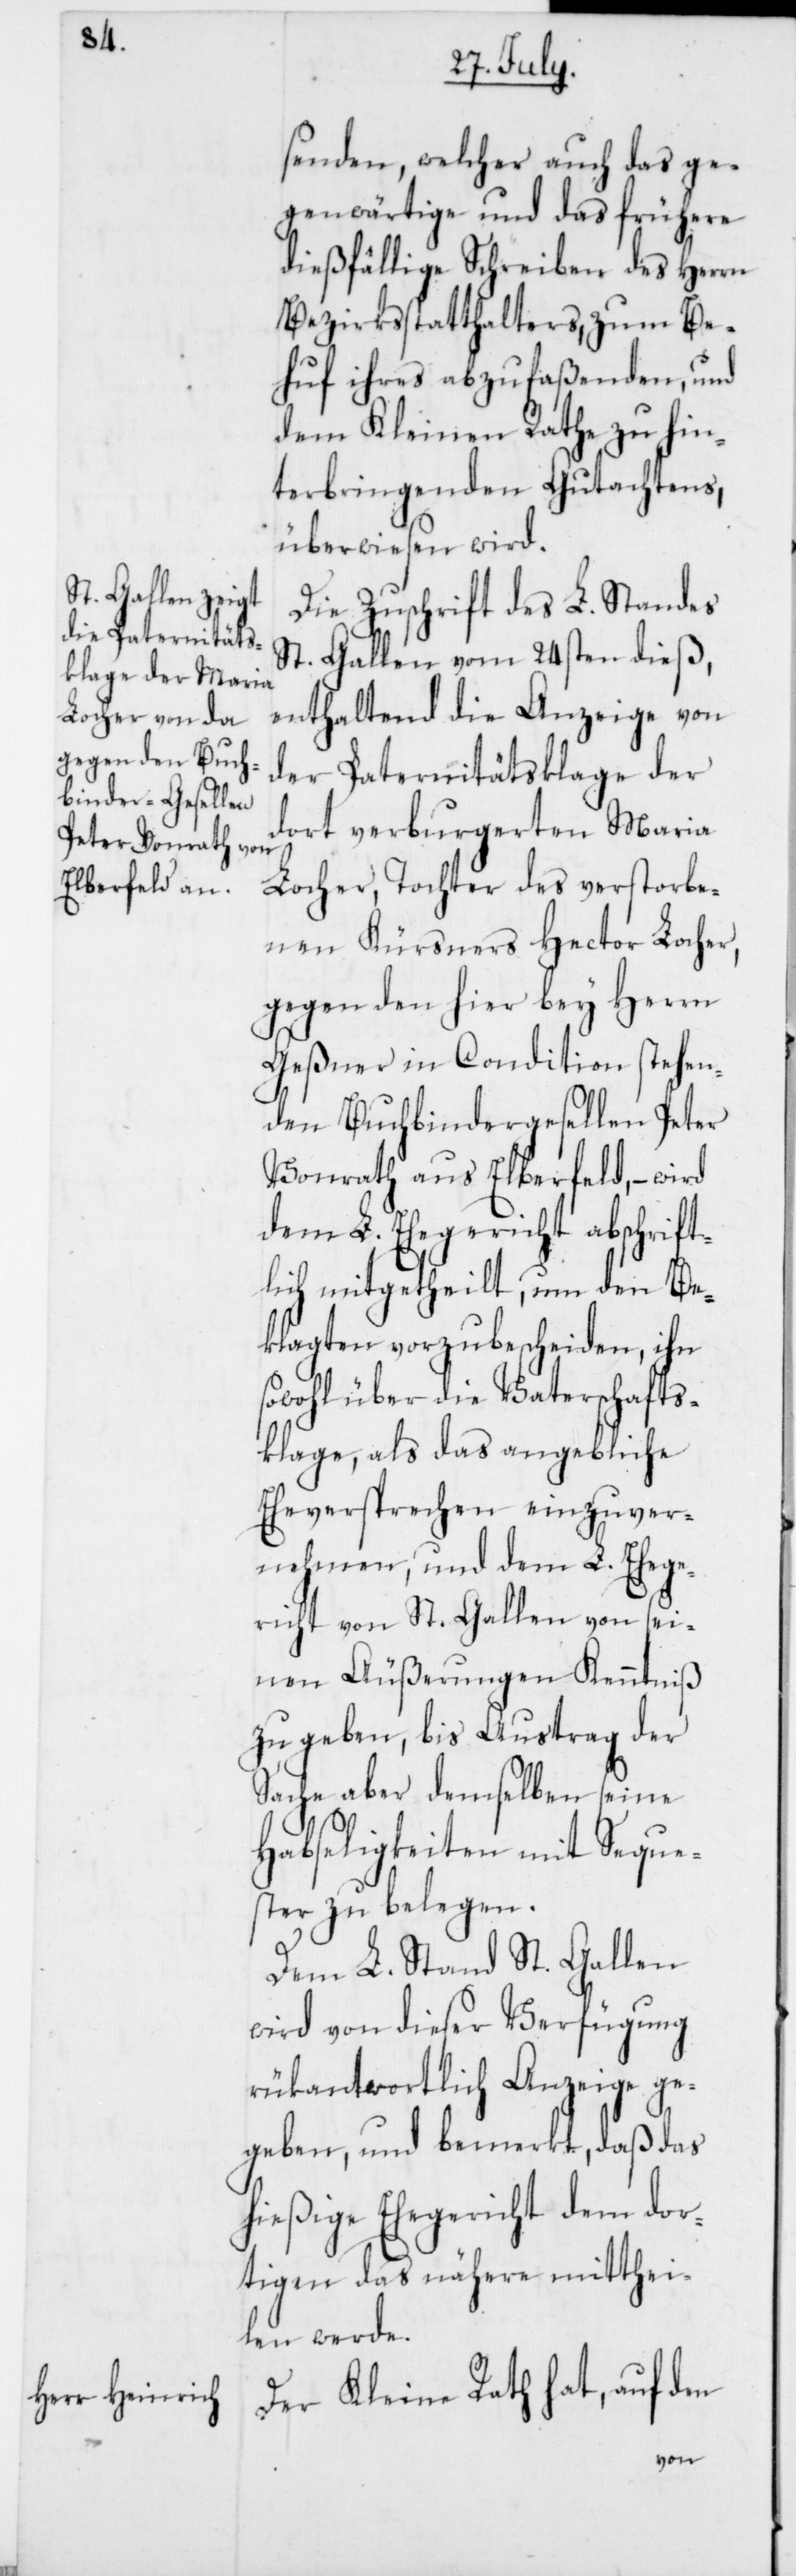
senden, welcher auch das ge¬
genwärtige und das frühere
dießfällige Schreiben des Herrn
Bezirksstatthalters, zum Be¬
huf ihres abzufaßenden, und
dem Kleinen Rathe zu hin¬
terbringenden Gutachtens,
überwiesen wird.
Die Zuschrift des L. Standes
St. Gallen vom 24sten dieß,
enthaltend die Anzeige von
der Paternitätsklage der
dort verburgerten Maria
Locher, Tochter des verstorbe¬
nen Kürsners Hector Locher,
gegen den hier bey Herrn
Geßner in Condition stehen¬
den Buchbindergesellen Peter
Vonrath aus Elberfeld, – wird
dem L. Ehegericht abschrift¬
lich mitgetheilt, um den Be¬
klagten vorzubescheiden, ihn
sowohl über die Vaterschafts¬
klage, als das angebliche
Eheversprechen einzuver¬
nehmen, und dem L. Ehege¬
richt von St. Gallen von sei¬
nen Äußerungen Kenntniß
zu geben, bis Austrag der
Sache aber demselben seine
Habseligkeiten mit Seque¬
ster zu belegen.
Dem L. Stand St. Gallen
wird von dieser Verfügung
rükantwortlich Anzeige ge¬
geben, und bemerkt, daß das
hießige Ehegericht dem dor¬
tigen das nähere mitthei¬
len werde.
Der Kleine Rath hat, auf den